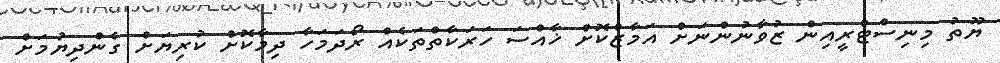
ޔޫތު މިނިސްޓްރީއިން ޒުވާނުންނަށް އަމާޒްކޮށް ޚާއްސަ ހަރަކާތްތަކެއް ރޯދަމަހާ ދިމާކޮށް ކުރިޔަށް ގެންދިޔުމަށް